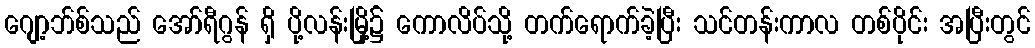
ဂျော့ဘ်စ်သည် အော်ရီဂွန် ရှိ ပို့လန်းမြို့၌ ကောလိပ်သို့ တက်ရောက်ခဲ့ပြီး သင်တန်းကာလ တစ်ပိုင်း အပြီးတွင်